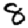
Digit: 8